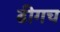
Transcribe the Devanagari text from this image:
ढीगच